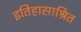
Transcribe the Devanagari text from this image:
इतिहासाश्रित